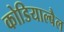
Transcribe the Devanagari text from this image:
कोडियाल्बैल